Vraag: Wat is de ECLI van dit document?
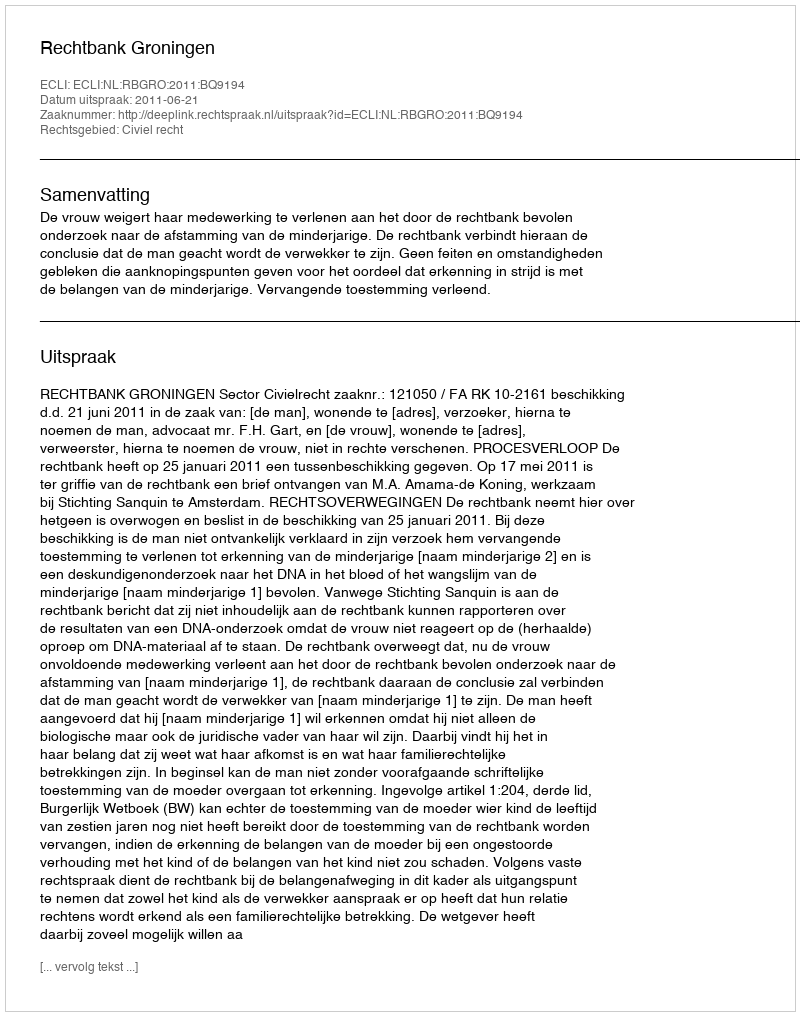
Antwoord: ECLI:NL:RBGRO:2011:BQ9194